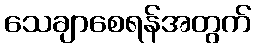
သေချာစေရန်အတွက်